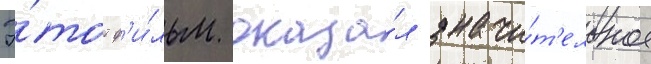
Э́тот ф'и́льм оказа́л значи́т'ельное